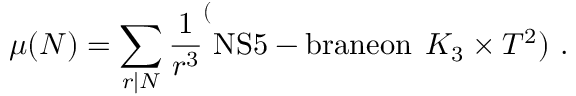
\mu ( N ) = \sum _ { r | N } \frac { 1 } { r ^ { 3 } } \sp ( \mathrm { N S 5 - b r a n e o n } \; \, K _ { 3 } \times T ^ { 2 } ) \ .